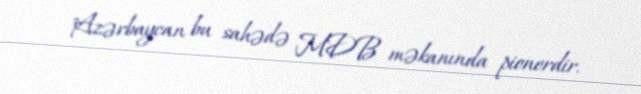
"Azərbaycan bu sahədə MDB məkanında pionerdir.